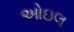
ઓઇલ